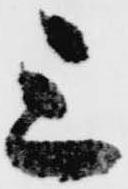
三